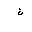
Letter: _non